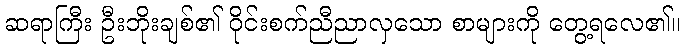
ဆရာကြီး ဦးဘိုးချစ်၏ ဝိုင်းစက်ညီညာလှသော စာများကို တွေ့ရလေ၏။